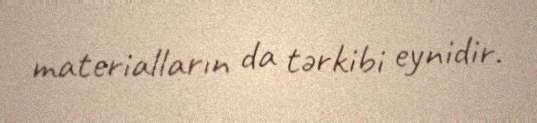
materialların da tərkibi eynidir.